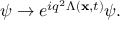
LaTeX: \psi \rightarrow e ^ { i q ^ { 2 } \Lambda ( { \bf x } , t ) } \psi .